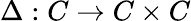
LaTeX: \Delta:C\to C\times C